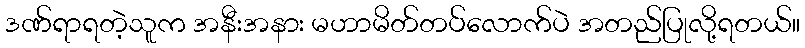
ဒဏ်ရာရတဲ့သူက အနီးအနား မဟာမိတ်တပ်လောက်ပဲ အတည်ပြုလို့ရတယ်။